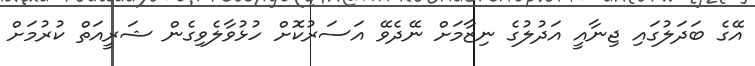
އޭގެ ބަދަލުގައި ޖިނާއީ އަދުލުގެ ނިޒާމަށް ނޭދެވޭ އަސަރުކޮށް ހުޅުވާލެވިގެން ޝަރީއަތް ކުރުމަށް